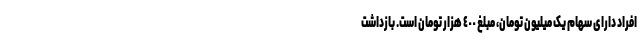
افراد دارای سهام یک میلیون تومان، مبلغ ٤٠٠ هزار تومان است. بازداشت